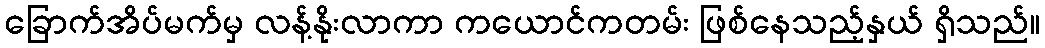
ခြောက်အိပ်မက်မှ လန့်နိုးလာကာ ကယောင်ကတမ်း ဖြစ်နေသည့်နှယ် ရှိသည်။